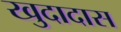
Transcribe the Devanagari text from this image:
खुदादास